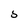
Character: 5